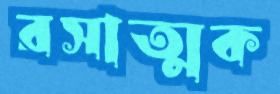
রসাত্মক